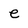
Character: e